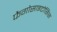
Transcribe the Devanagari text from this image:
फैगोसाइटोसिस